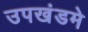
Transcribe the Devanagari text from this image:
उपखंडमे